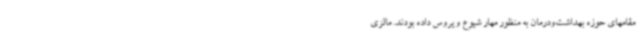
مقامهای حوزه بهداشت‌ودرمان به منظور مهار شیوع ویروس داده بودند. مالزی